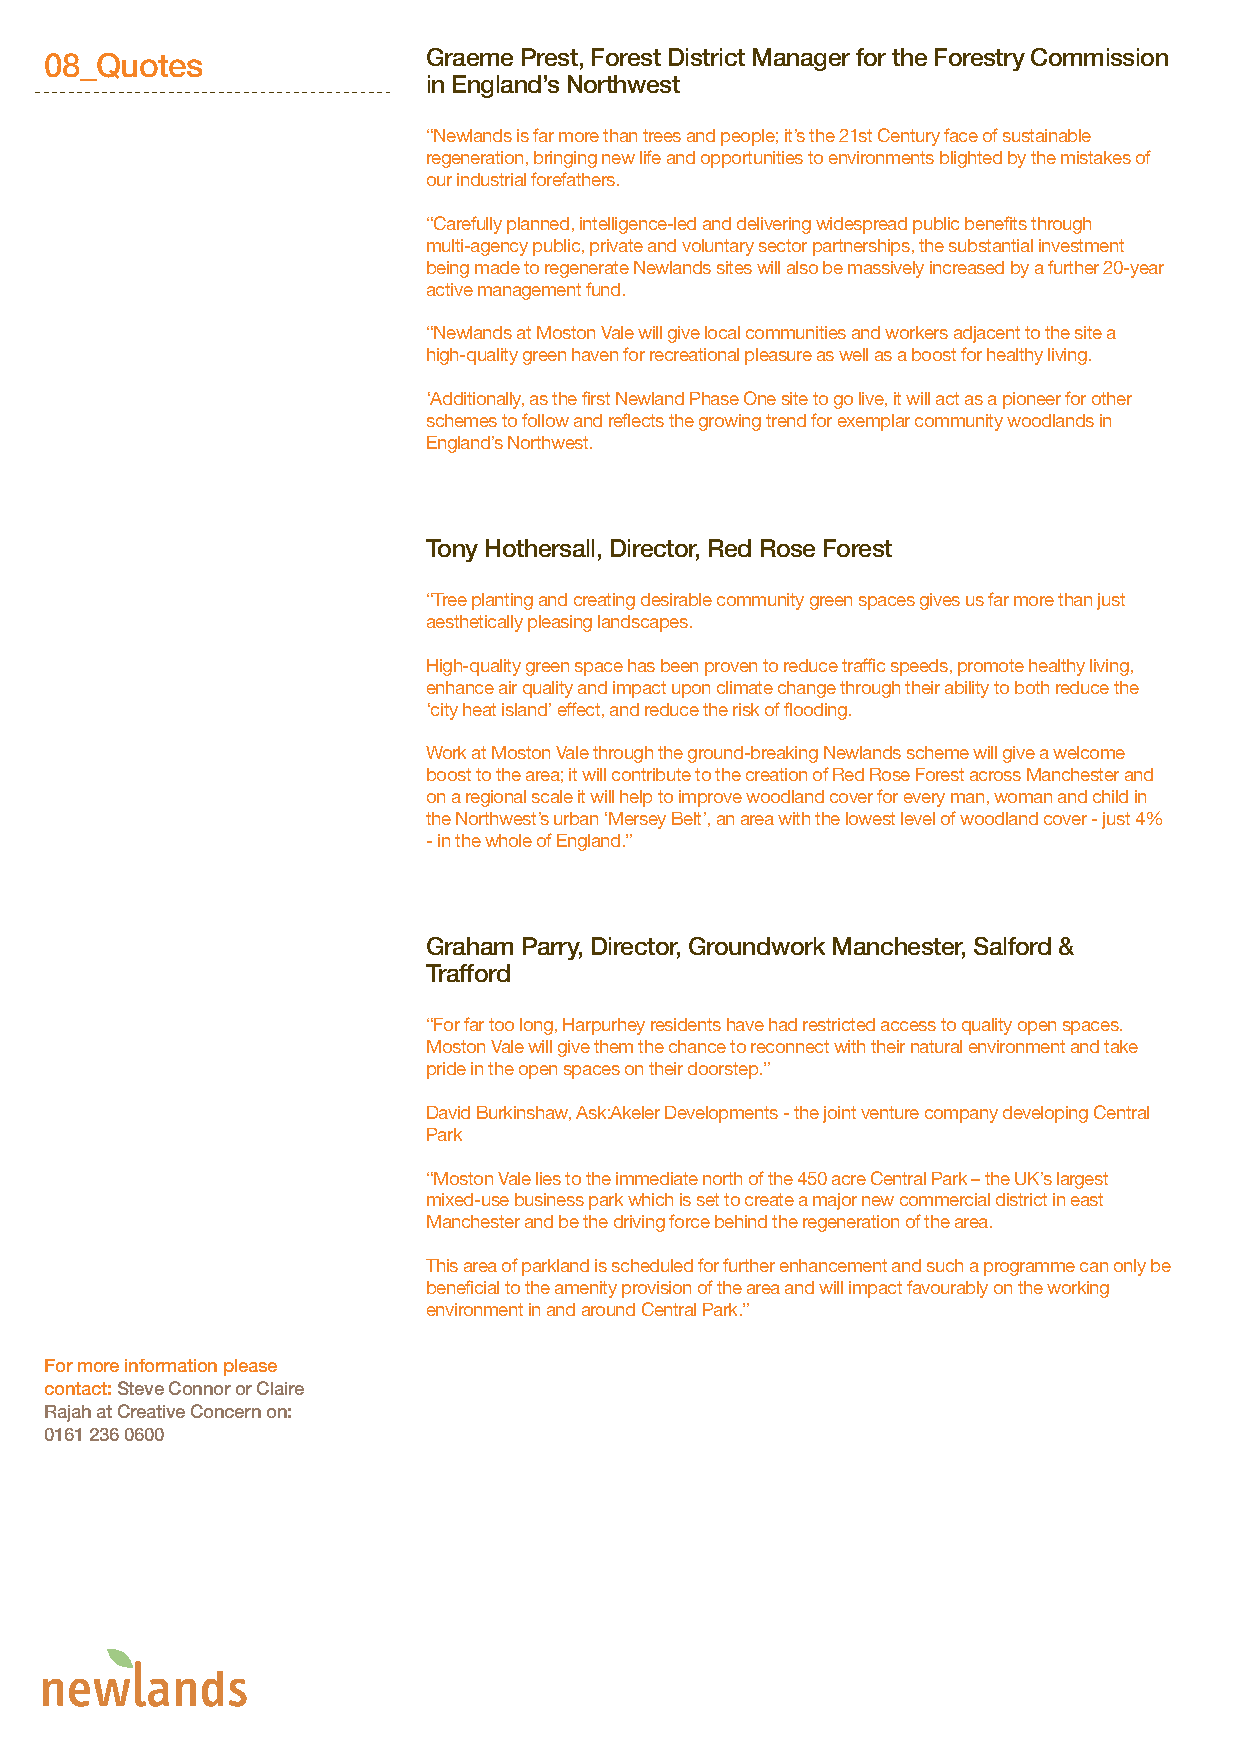
08_Quotes                Graeme Prest, Forest District Manager for the Forestry Commission
 in England’s Northwest
 “Newlands is far more than trees and people; it’s the 21st Century face of sustainable
 regeneration, bringing new life and opportunities to environments blighted by the mistakes of
 our industrial forefathers.
 “Carefully planned, intelligence-led and delivering widespread public benefits through
 multi-agency public, private and voluntary sector partnerships, the substantial investment
 being made to regenerate Newlands sites will also be massively increased by a further 20-year
 active management fund.
 “Newlands at Moston Vale will give local communities and workers adjacent to the site a
 high-quality green haven for recreational pleasure as well as a boost for healthy living.
 ‘Additionally, as the first Newland Phase One site to go live, it will act as a pioneer for other
 schemes to follow and reflects the growing trend for exemplar community woodlands in
 England’s Northwest.
 Tony Hothersall, Director, Red Rose Forest
 “Tree planting and creating desirable community green spaces gives us far more than just
 aesthetically pleasing landscapes.
 High-quality green space has been proven to reduce traffic speeds, promote healthy living,
 enhance air quality and impact upon climate change through their ability to both reduce the
 ‘city heat island’ effect, and reduce the risk of flooding.
 Work at Moston Vale through the ground-breaking Newlands scheme will give a welcome
 boost to the area; it will contribute to the creation of Red Rose Forest across Manchester and
 on a regional scale it will help to improve woodland cover for every man, woman and child in
 the Northwest’s urban ‘Mersey Belt’, an area with the lowest level of woodland cover - just 4%
 - in the whole of England.”
 Graham Parry, Director, Groundwork Manchester, Salford &
 Trafford
 “For far too long, Harpurhey residents have had restricted access to quality open spaces.
 Moston Vale will give them the chance to reconnect with their natural environment and take
 pride in the open spaces on their doorstep.”
 David Burkinshaw, Ask:Akeler Developments - the joint venture company developing Central
 Park
 “Moston Vale lies to the immediate north of the 450 acre Central Park – the UK’s largest
 mixed-use business park which is set to create a major new commercial district in east
 Manchester and be the driving force behind the regeneration of the area.
 This area of parkland is scheduled for further enhancement and such a programme can only be
 beneficial to the amenity provision of the area and will impact favourably on the working
 environment in and around Central Park.”
 For more information please
 contact: Steve Connor or Claire
 Rajah at Creative Concern on:
 0161 236 0600